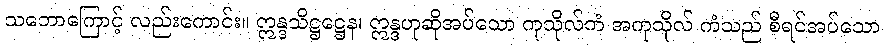
သဘောကြောင့် လည်းကောင်း။ ဣန္ဒသိဋ္ဌဋ္ဌေန၊ ဣန္ဒဟုဆိုအပ်သော ကုသိုလ်ကံ အကုသိုလ် ကံသည် စီရင်အပ်သော